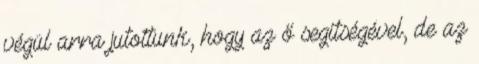
végül arra jutottunk, hogy az ő segítségével, de az